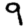
Digit: 9